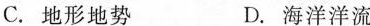
C.地形地势 D.海洋洋流